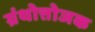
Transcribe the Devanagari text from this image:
ग्रंथोत्तोजक